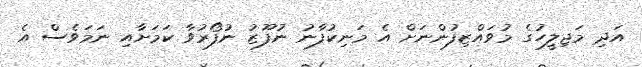
އަދި މަޖިލީހުގެ މުވައްޒިފުންނަށް އެ މަނިކުފާނު ނުފޫޒު ނުފޯރުވާ ކަމަށާއި ނަމަވެސް އެ